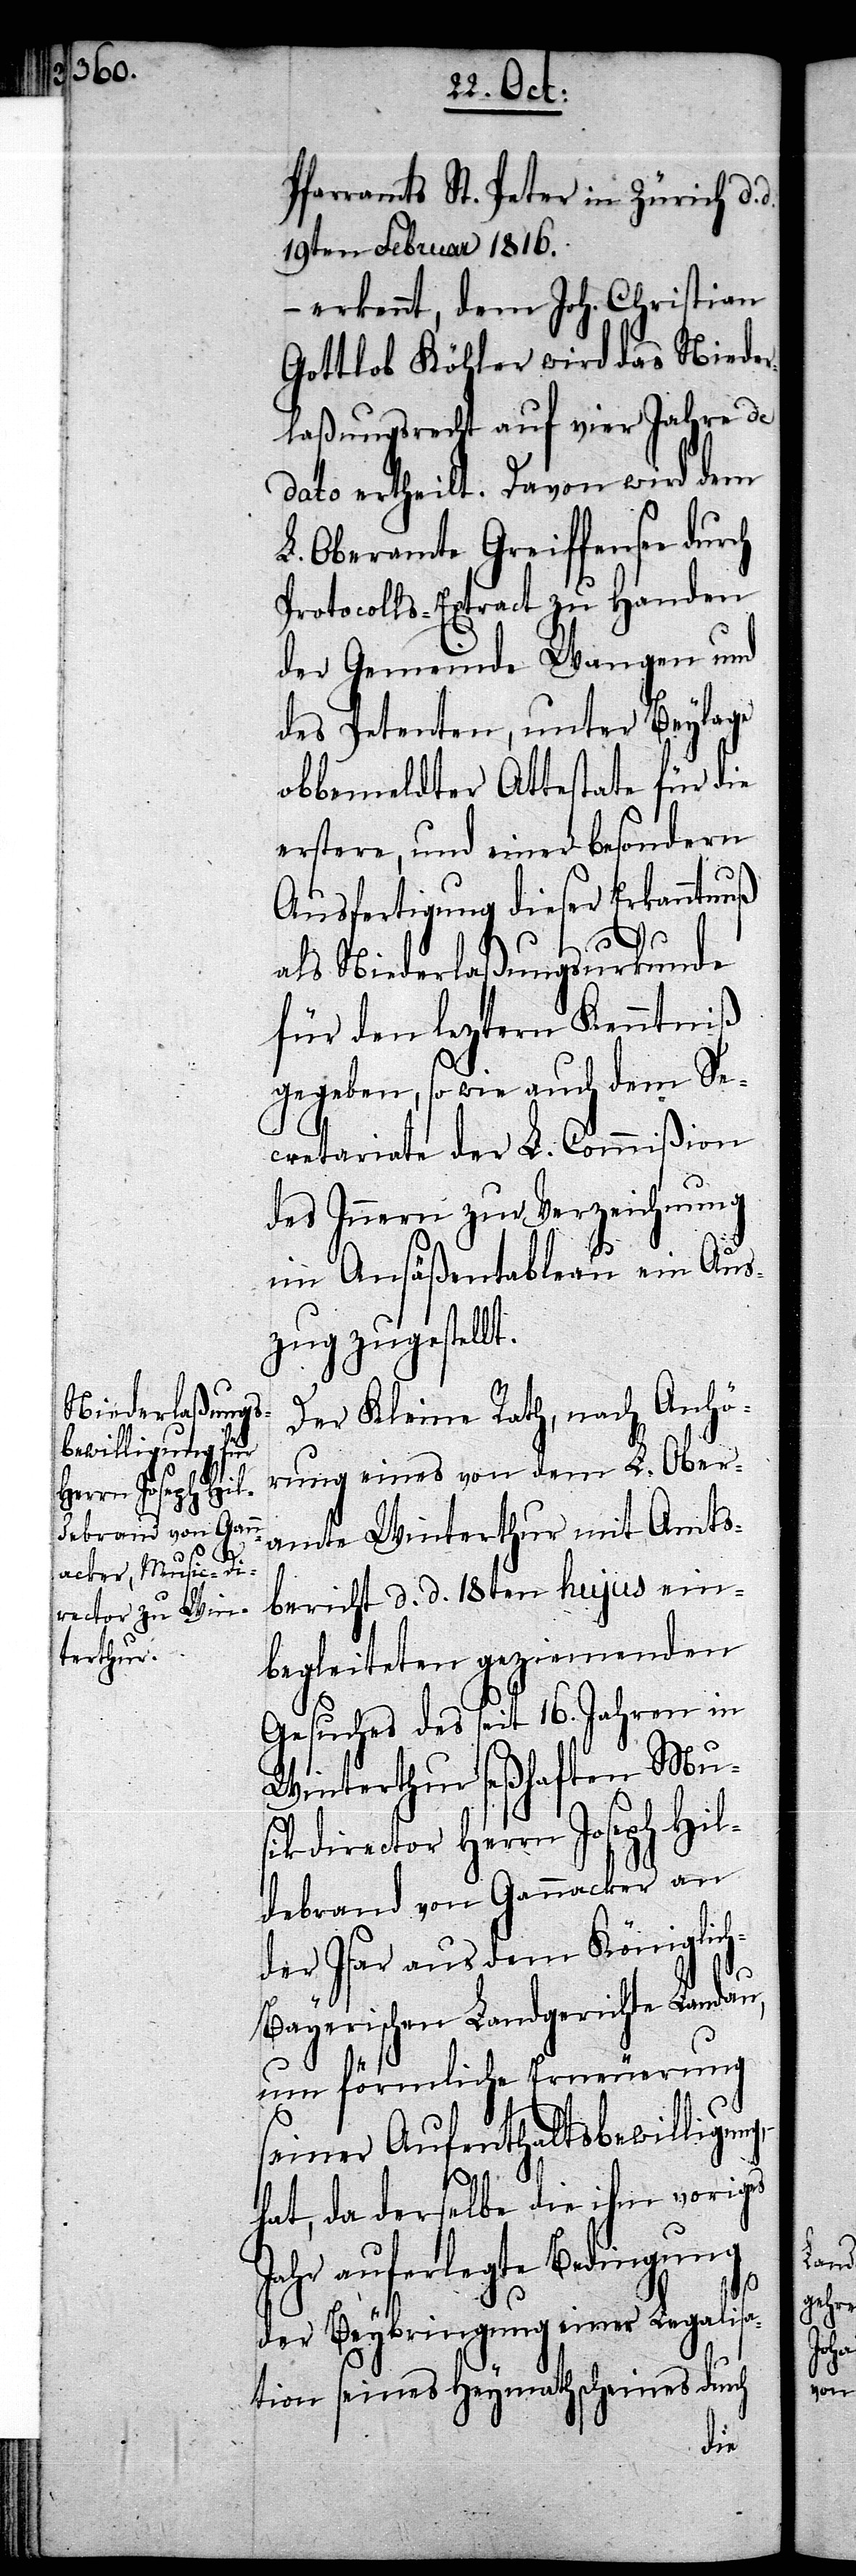
Pfarramts St. Peter in Zürich d.
19ten Februar 1816.
– erkennt, dem Joh. Christian
Gottlob Köhler wird das Nieder¬
laßungsrecht auf vier Jahre de
dato ertheilt. Davon wird dem
L. Oberamte Greiffensee
Protocolls-Extract zu Handen
der Gemeinde Wangen und
des Petenten, unter Beylage
obbemeldter Attestate für die
erstere, und einer besondern
Ausfertigung dieser Erkanntnuß
als Niederlaßungsurkunde
für den leztern Kenntniß
gegeben, so wie auch dem Se¬
cretariate der L. Commißion
des Innern zur Verzeichnung
im Ansäßentableau ein Aus¬
zug zugestellt.
Der Kleine Rath, nach Anhö¬
rung eines von dem L. Ober¬
amte Winterthur mit Amts¬
bericht d. d. 18ten hujus ein¬
begleiteten geziemenden
Gesuches des seit 16. Jahren in
Winterthur seßhaften Mu¬
sikdirector Herrn Joseph Hil¬
debrand von Gannacker an
der Isar aus dem Königlic¬
h-Bayerischen Landgerichte Landau,
um förmliche Erneuerung
seiner Aufenthaltsbewilligun¬
g,
hat, da derselbe die ihm voriges
Jahr auferlegte Bedingung
der Beybringung einer Legalis¬
ation seines Heymathscheines durch

d.